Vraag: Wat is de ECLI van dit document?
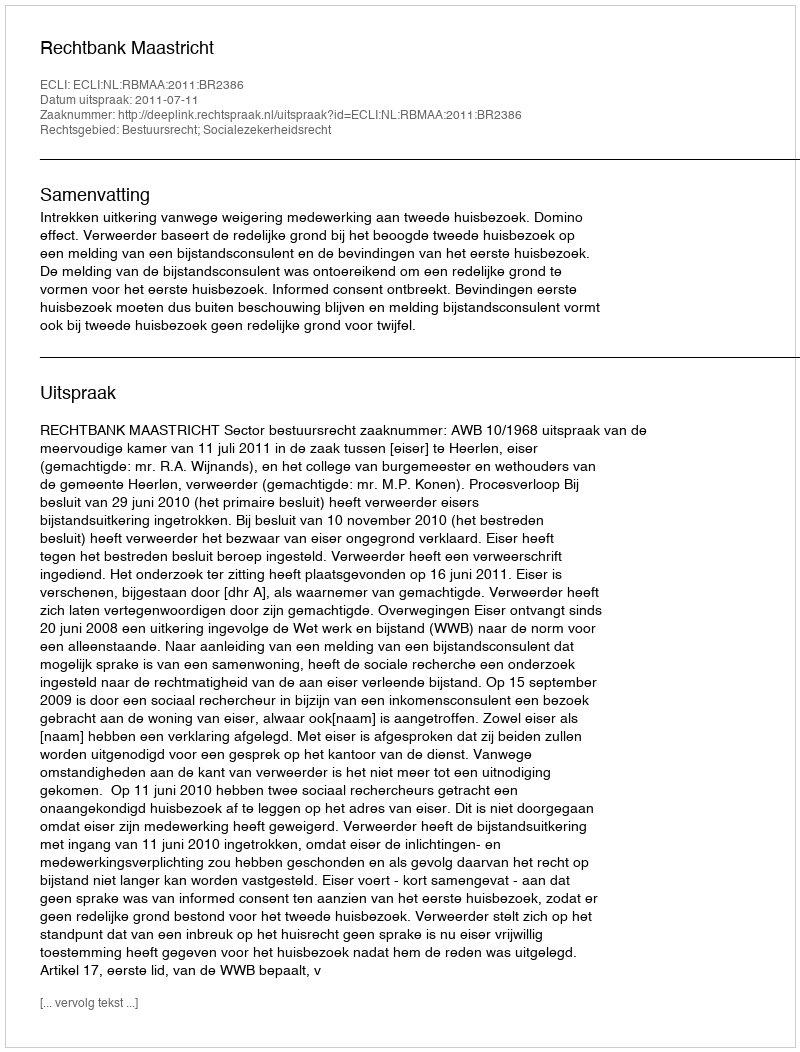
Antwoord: ECLI:NL:RBMAA:2011:BR2386